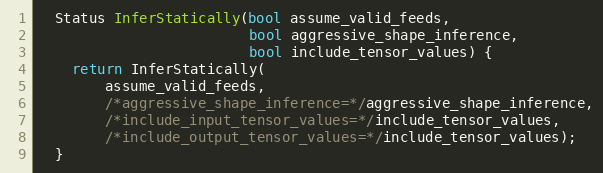
Language: C
  Status InferStatically(bool assume_valid_feeds,
                         bool aggressive_shape_inference,
                         bool include_tensor_values) {
    return InferStatically(
        assume_valid_feeds,
        /*aggressive_shape_inference=*/aggressive_shape_inference,
        /*include_input_tensor_values=*/include_tensor_values,
        /*include_output_tensor_values=*/include_tensor_values);
  }